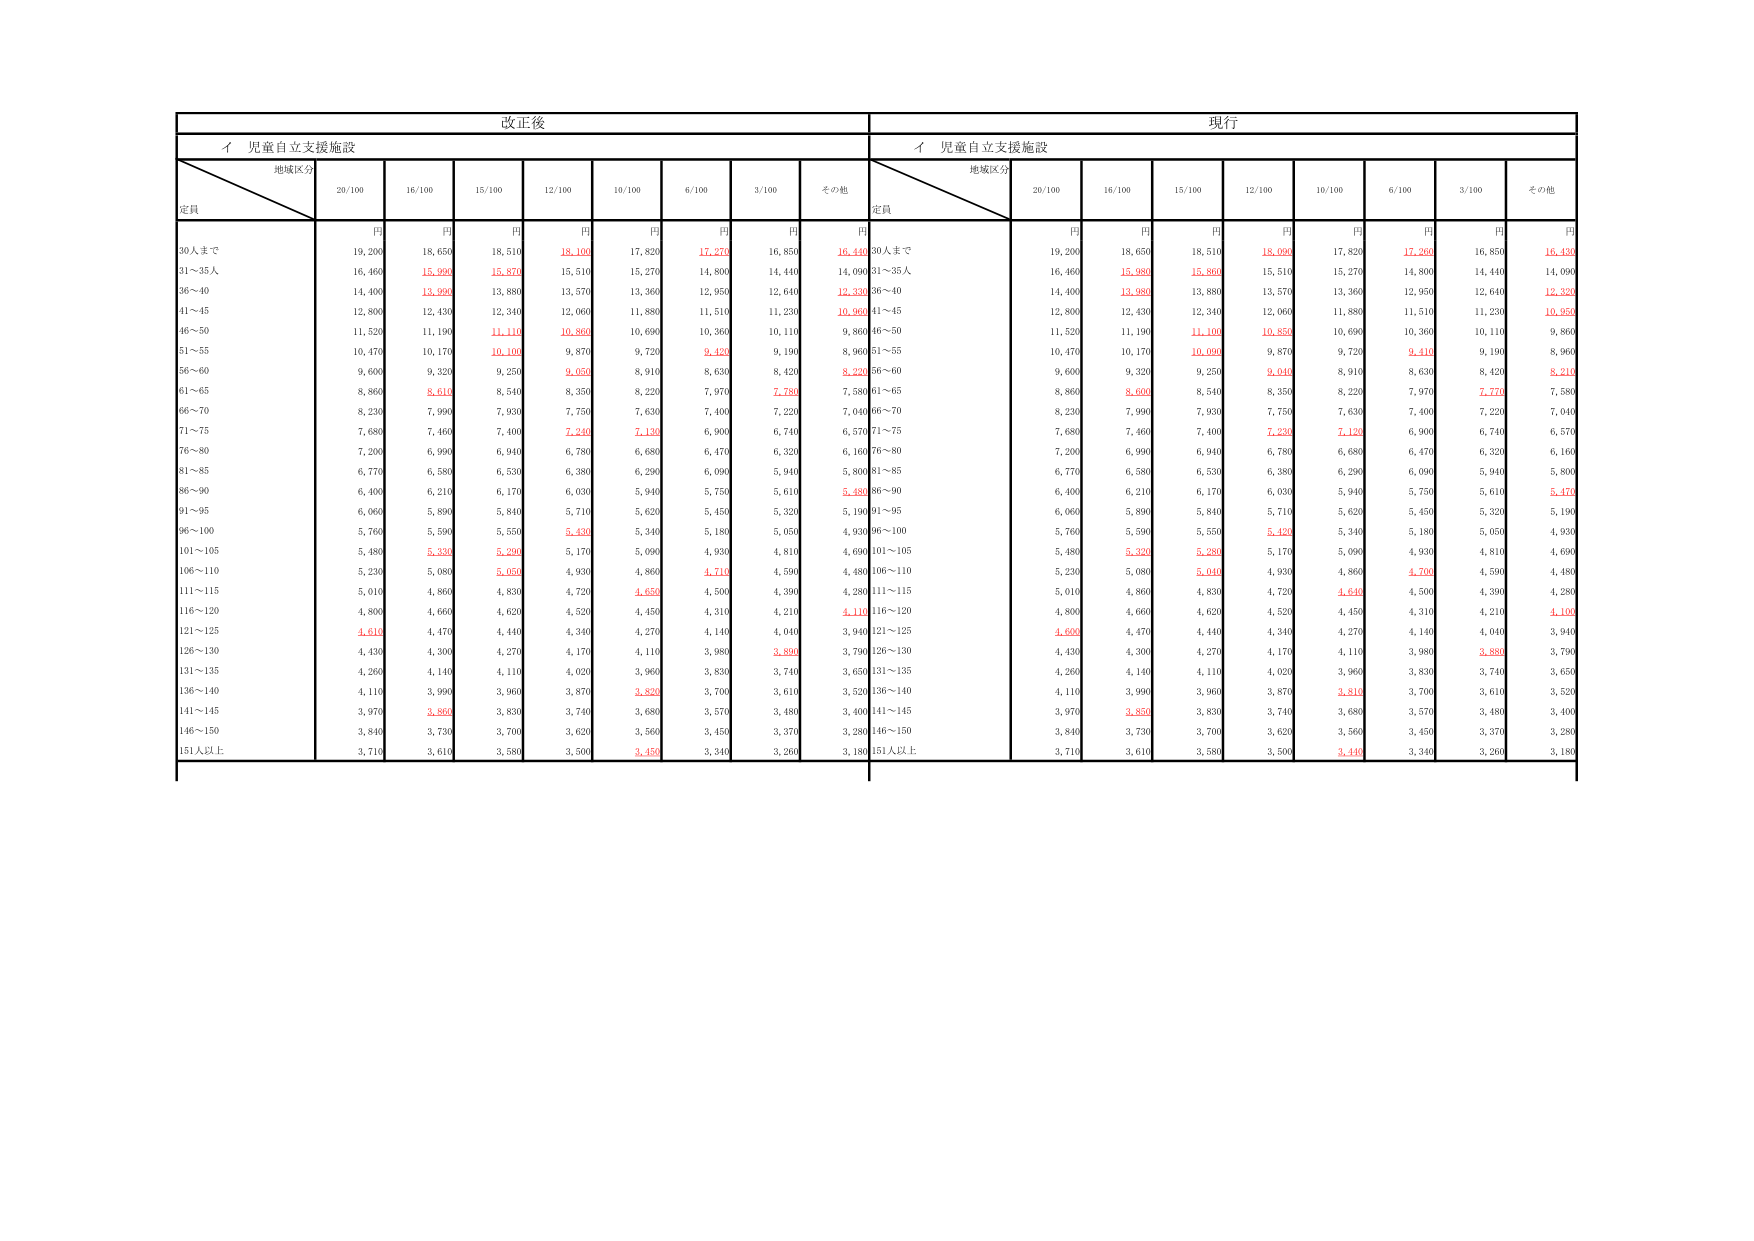
改正後
現行
イ 児童自立支援施設
イ 児童自立支援施設
地域区分
定員
地域区分
定員
20/100
16/100
15/100
12/100
10/100
6/100
3/100
その他
20/100
16/100
15/100
12/100
10/100
6/100
3/100
その他
円
円
円
円
円
円
円
円
円
円
円
円
円
円
円
円
30人まで
19,200
18,650
18,510
18,100
17,820
17,270
16,850
16,440
30人まで
19,200
18,650
18,510
18,090
17,820
17,260
16,850
16,430
31～35人
16,460
15,990
15,870
15,510
15,270
14,800
14,440
14,050
31～35人
16,460
15,980
15,860
15,510
15,270
14,800
14,440
14,090
36～40
14,400
13,990
13,880
13,570
13,360
12,950
12,640
12,330
36～40
14,400
13,980
13,880
13,570
13,360
12,950
12,640
12,320
41～45
12,800
12,430
12,340
12,060
11,880
11,510
11,230
10,960
41～45
12,800
12,430
12,340
12,060
11,880
11,510
11,230
10,950
46～50
11,520
11,190
11,110
10,860
10,690
10,360
10,110
9,860
46～50
11,520
11,190
11,100
10,850
10,690
10,360
10,110
9,860
51～55
10,470
10,170
10,100
9,870
9,720
9,420
9,190
8,960
51～55
10,470
10,170
10,090
9,870
9,720
9,410
9,190
8,960
56～60
9,600
9,320
9,250
9,050
8,910
8,630
8,420
8,220
56～60
9,600
9,320
9,250
9,040
8,910
8,630
8,420
8,210
61～65
8,860
8,610
8,540
8,350
8,220
7,970
7,780
7,580
61～65
8,860
8,600
8,540
8,350
8,220
7,970
7,770
7,580
66～70
8,230
7,990
7,930
7,750
7,630
7,400
7,220
7,040
66～70
8,230
7,990
7,930
7,750
7,630
7,400
7,220
7,040
71～75
7,680
7,460
7,400
7,240
7,130
6,900
6,740
6,570
71～75
7,680
7,460
7,400
7,230
7,120
6,900
6,740
6,570
76～80
7,200
6,990
6,940
6,780
6,680
6,470
6,320
6,160
76～80
7,200
6,990
6,940
6,780
6,680
6,470
6,320
6,160
81～85
6,770
6,580
6,530
6,380
6,290
6,090
5,940
5,800
81～85
6,770
6,580
6,530
6,380
6,290
6,090
5,940
5,800
86～90
6,400
6,210
6,170
6,030
5,940
5,750
5,610
5,480
86～90
6,400
6,210
6,170
6,030
5,940
5,750
5,610
5,470
91～95
6,060
5,890
5,840
5,710
5,620
5,450
5,320
5,190
91～95
6,060
5,890
5,840
5,710
5,620
5,450
5,320
5,190
96～100
5,760
5,590
5,550
5,430
5,340
5,180
5,050
4,930
96～100
5,760
5,590
5,550
5,420
5,340
5,180
5,050
4,930
101～105
5,480
5,330
5,290
5,170
5,090
4,930
4,810
4,690
101～105
5,480
5,320
5,280
5,170
5,090
4,930
4,810
4,690
106～110
5,230
5,080
5,050
4,930
4,860
4,710
4,590
4,480
106～110
5,230
5,080
5,040
4,930
4,860
4,700
4,590
4,480
111～115
5,010
4,860
4,830
4,720
4,650
4,500
4,390
4,280
111～115
5,010
4,860
4,830
4,720
4,640
4,500
4,390
4,280
116～120
4,800
4,660
4,620
4,520
4,450
4,310
4,210
4,110
116～120
4,800
4,660
4,620
4,520
4,450
4,310
4,210
4,100
121～125
4,610
4,470
4,440
4,340
4,270
4,140
4,040
3,940
121～125
4,600
4,470
4,440
4,340
4,270
4,140
4,040
3,940
126～130
4,430
4,300
4,270
4,170
4,110
3,980
3,890
3,790
126～130
4,430
4,300
4,270
4,170
4,110
3,980
3,890
3,790
131～135
4,260
4,140
4,110
4,020
3,960
3,830
3,740
3,650
131～135
4,260
4,140
4,110
4,020
3,960
3,830
3,740
3,650
136～140
4,110
3,990
3,960
3,870
3,820
3,700
3,610
3,520
136～140
4,110
3,990
3,960
3,870
3,810
3,700
3,610
3,520
141～145
3,970
3,850
3,830
3,740
3,680
3,570
3,480
3,400
141～145
3,970
3,850
3,830
3,740
3,680
3,570
3,480
3,400
146～150
3,840
3,730
3,700
3,620
3,560
3,450
3,370
3,280
146～150
3,840
3,730
3,700
3,620
3,560
3,450
3,370
3,280
151人以上
3,710
3,610
3,580
3,500
3,450
3,340
3,260
3,180
151人以上
3,710
3,610
3,580
3,500
3,440
3,340
3,260
3,180